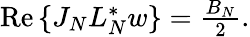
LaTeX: \begin{array}{r}{\operatorname{Re}{\{ J_{N}L_{N}^{*}w\} }=\frac{B_{N}}{2}.}\end{array}